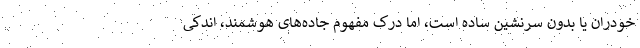
خودران یا بدون سرنشین ساده است، اما درک مفهوم جاده‌های هوشمند، اندکی